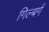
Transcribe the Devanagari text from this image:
गिल्बर्ग